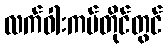
လက်ဝါးကပ်တိုင်တွင်